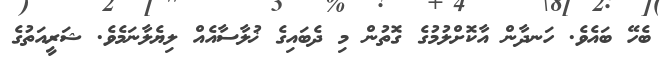
ބެހޭ ބައެވެ. ހަނދާން އާކޮށްލުމުގެ ގޮތުން މި ދެބައިގެ ޚުލާސާއެއް ލިޔެލާނަމެވެ. ޝަރީއަތުގެ